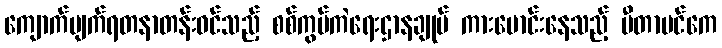
ကျောက်မျက်ရတနာတန်းဝင်သည့် စစ်ကွပ်ကဲရေးဌာနချုပ် ကားမောင်းနေသည့် ဗီတာမင်ကေ